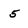
Character: 5